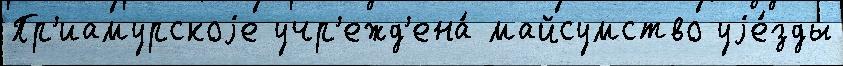
Пр'иамурскоjе учр'ежд'ена́ майсумство уjе́зды